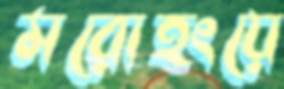
মরোহংয়ে